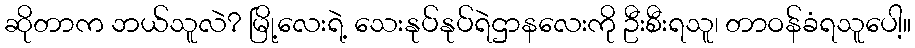
ဆိုတာက ဘယ်သူလဲ? မြို့လေးရဲ့ သေးနုပ်နုပ်ရဲဌာနလေးကို ဦးစီးရသူ၊ တာဝန်ခံရသူပေါ့။